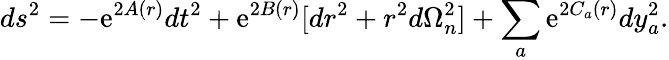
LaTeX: ds^{2}=-\mathrm{e}^{2A(r)}dt^{2}+\mathrm{e}^{2B(r)}[dr^{2}+r^{2}d\Omega_{n}^{2}]+\sum_{a}\mathrm{e}^{2C_{a}(r)}dy_{a}^{2}.